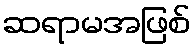
ဆရာမအဖြစ်